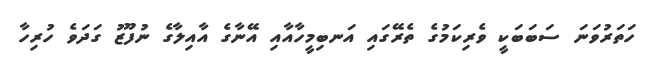
ހަތަރުވަނަ ސަބަބަކީ ވެރިކަމުގެ ތެރޭގައި އަނބިމީހާއާއި އޭނާގެ އާއިލާގެ ނުފޫޒު ގަދަވެ ހުރިހާ